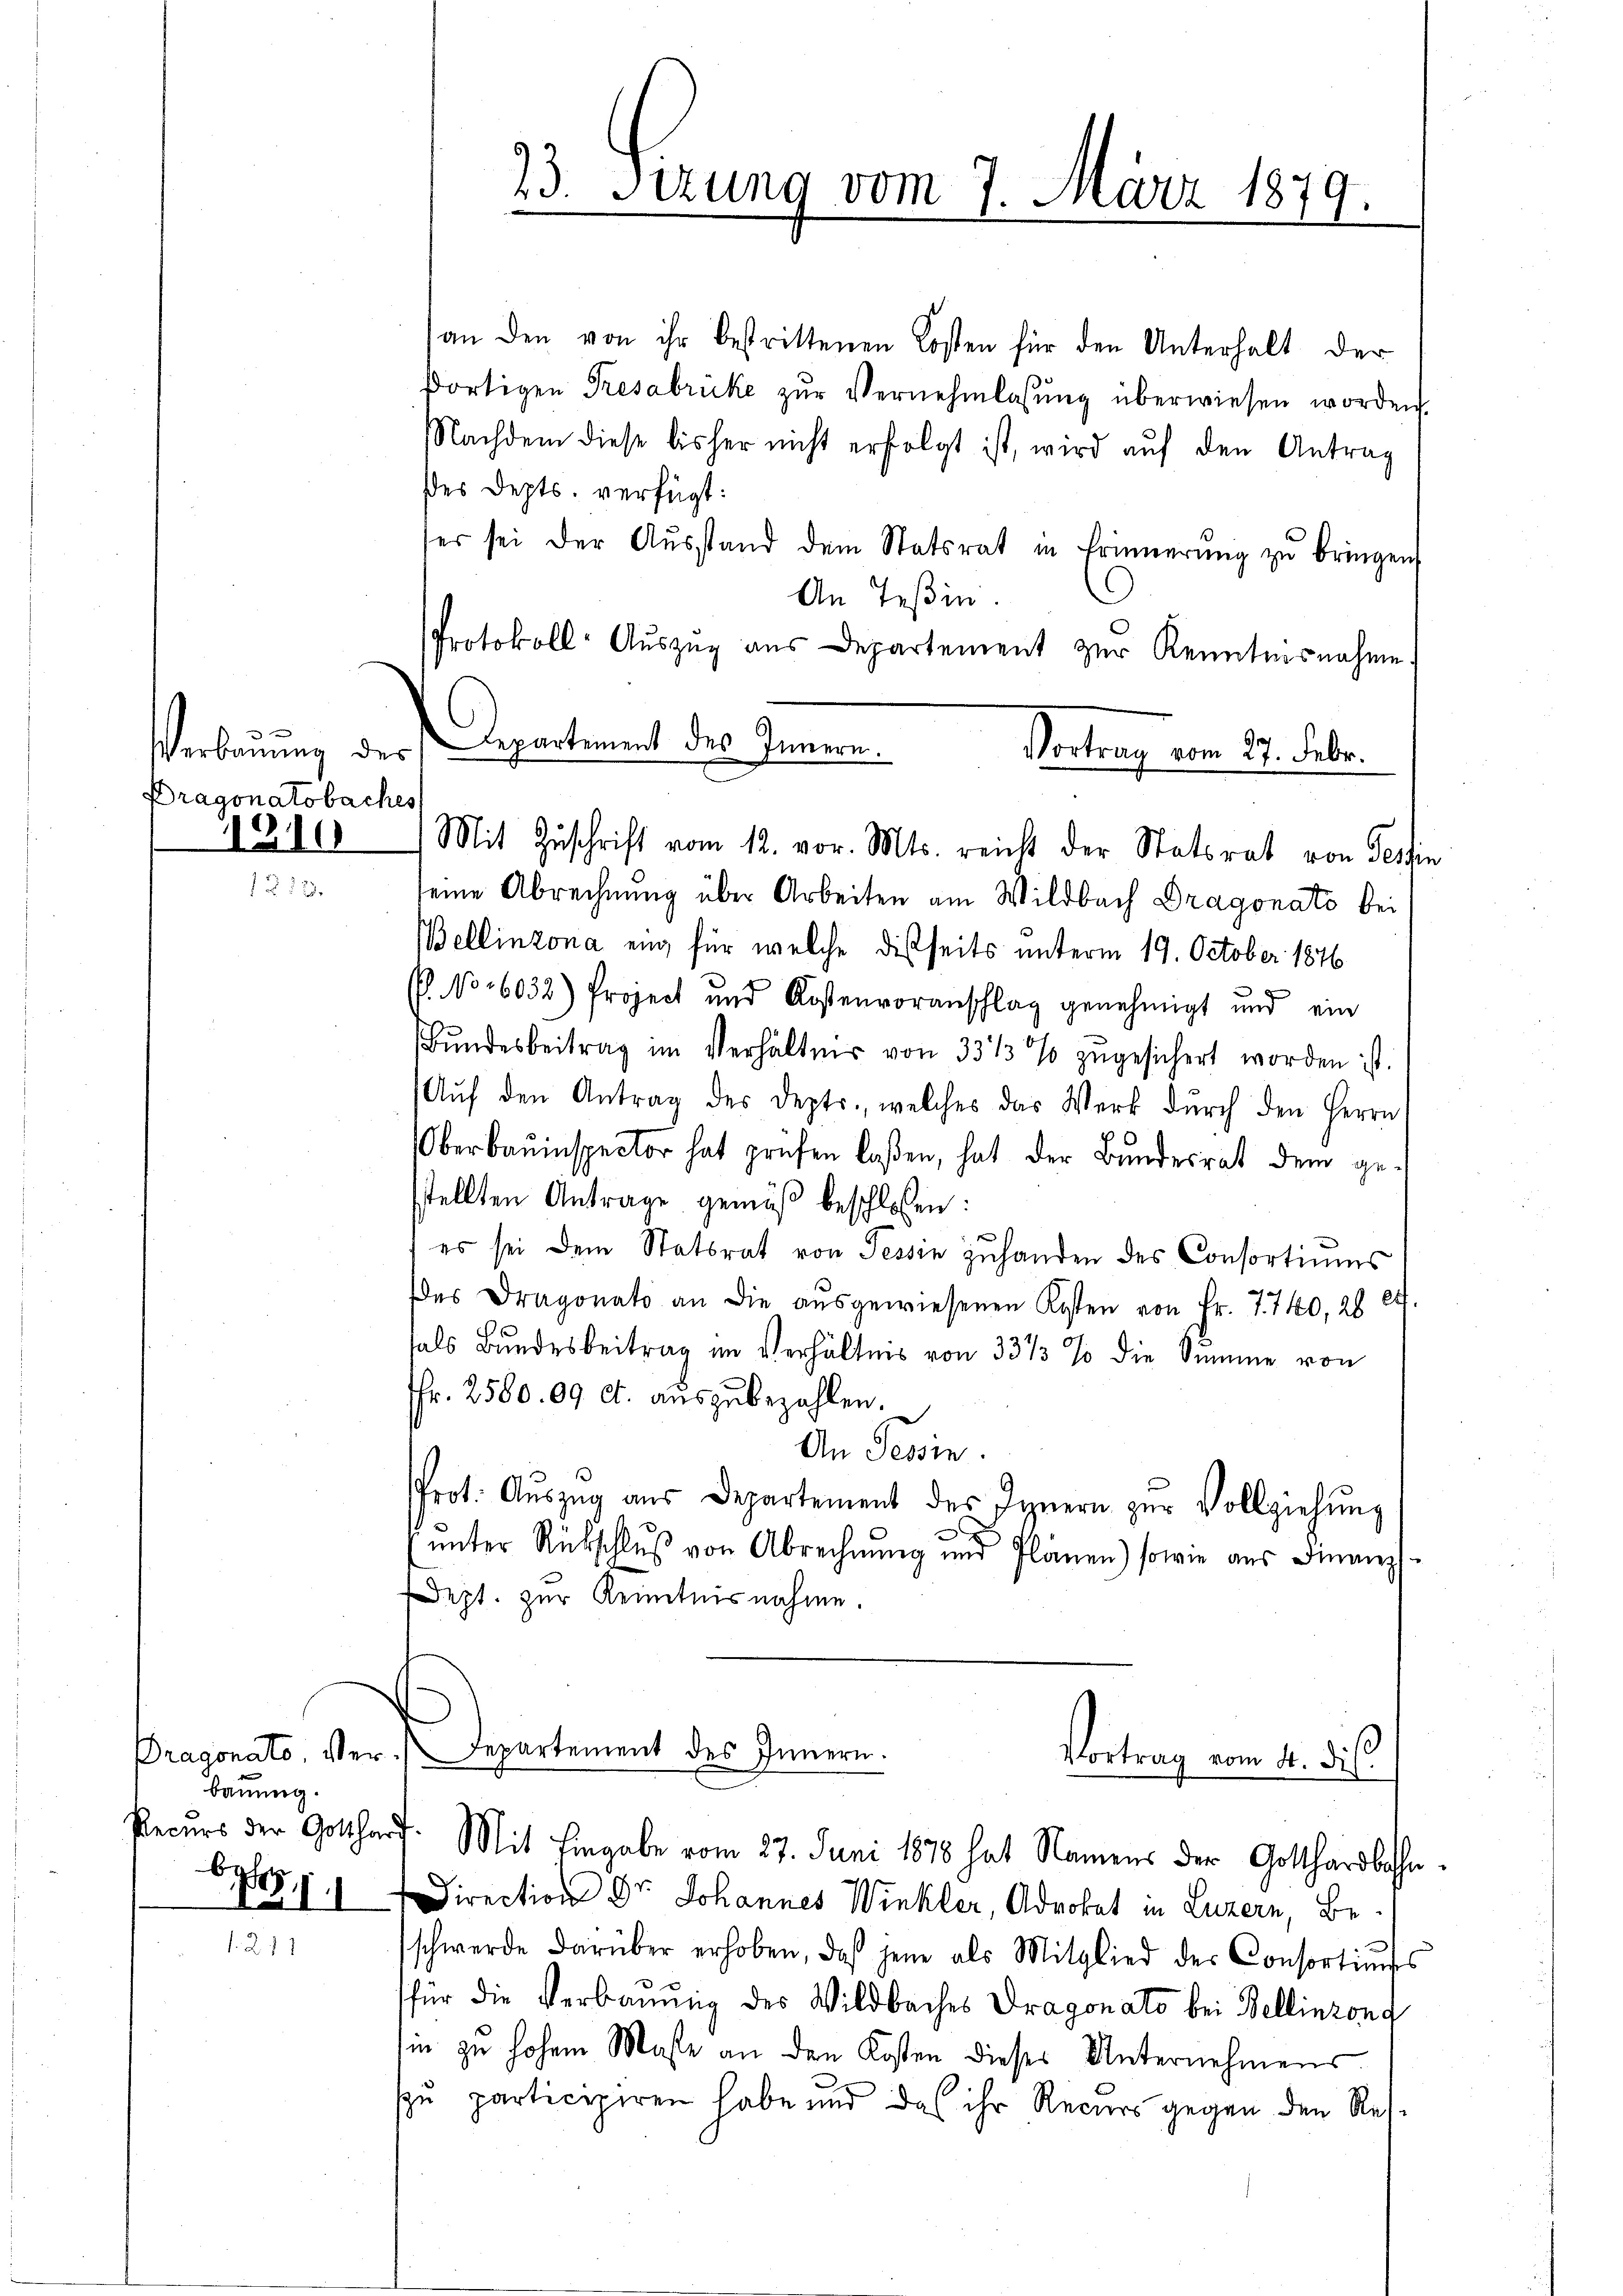
Dragonatobaches
1310

baumig.
Recurs der Gotthar
61
e

an den von ihr bestrittenen Kosten für den Unterhalt der
dortigen Tresabruke zŭr Vernehmlassŭng überwiesen worden.
Nachdem diese bisher nicht erfolgt ist, wird auf den Antrag
des Depts, verfügt:
er sei der Aŭsstand dem Statsrat in Erinnerŭng zŭ bringen
An Teßin.
Protokoll-Auszug aus Departement zur Kenntnisnahme
Verbauung der Repartement des Innern.
Vortrag vom 27. Febr.

23. Sizung vom 7. März 1879.

Mit Zuschrift vom 12. vor. Mts. reicht der Statsrat von Tessin

7. Mit Eingabe vom 27. Juni 1878 hat Namens der Gotthardbahn¬

seine Abrechnung über Arbeiten am Wildbach Dragonato bei
Bellinzona ein, für welche disseits unterm 19. October 1876
P. No 16032) Project und Kostenvoranschlag genehmigt und ein
Bŭndesbeitrag im Verhältnis von 33 1/3 % zŭgesichert worden ist.
Aŭf den Antrag des Depts., welches das Werk dŭrch den Herrn
Oberbauinspector hat prüfen laßen, hat der Bundesrat dem ge-
stellten Antrage gemäß beschlossen:
e
es sei dem Statsrat von Tessin zuhanden des Consortiums
es Dragonato an die aŭsgewiesenen Kosten von Fr. 7740, 26 27.
hals Bundesbeitrag im Verhältnis von 33 1/3 % die Summe von
fr. 2560. 09 c. auszubezahlen.
An Tessin.
Prot. Aŭszŭg aŭs Departement des Innern zŭr Vollziehŭng
.
ŭnter Rückschlŭβ von Abrechnŭng und Plänen) sowie aus Finanz
Dept. zur Kenntnisnahme.
Dragonato, Ver. Departement des Innern.
Vortrag vom 4. dies

Direction Dr. Johannes Winkler, Advokat in Luzern, Be-
schwerde darüber erhoben, daß jene als Mitglied der Consortimes
für die Verbaumig des Wildbaches Dragonato bei Bellinzona
in zu hohem Maste an den Kosten dieses Unternehmens
u participiren habe und das ihr Recurs gegen den Res¬